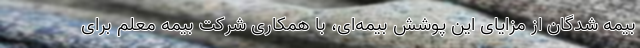
بیمه شدگان از مزایای این پوشش بیمه‌ای، با همکاری شرکت بیمه معلم برای